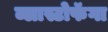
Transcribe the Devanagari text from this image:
ब्लास्टोफॅगा